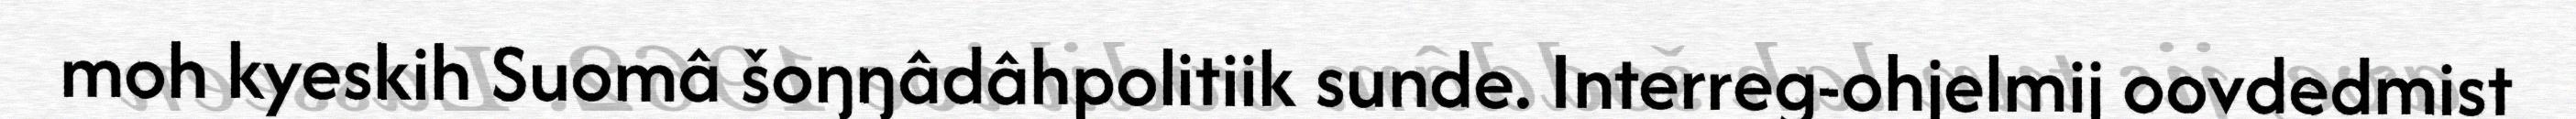
moh kyeskih Suomâ šoŋŋâdâhpolitiik sunde. Interreg-ohjelmij oovdedmist